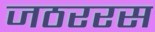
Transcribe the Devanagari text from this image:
जठररस